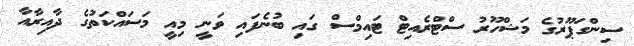
ސިންގަޕޫރުގެ މަޝްހޫރު ސްޓްރެއިޓް ޓައިމްސް ގައި ބުނެފައި ވަނީ މިއީ މަސައްކަތުގެ ދާއިރާއާ